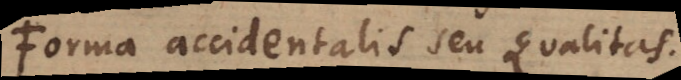
Forma accidentalis seu qualitas.